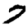
Digit: 7